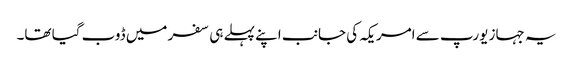
یہ جہاز یورپ سے امریکہ کی جانب اپنے پہلے ہی سفر میں ڈوب گیا تھا۔